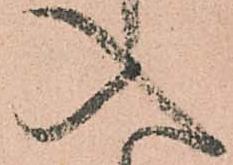
入